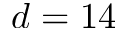
d = 1 4